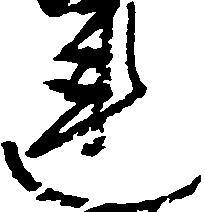
連